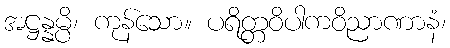
အဋ္ဌန္နမ္ပိ၊ ကုန်သော။ ပရိတ္တဝိပါကဝိညာဏာနံ၊